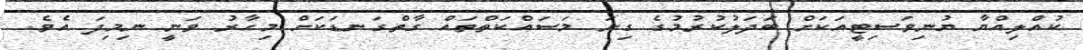
ކުއްލިއްޔާ ޔުނިވަސިޓީއަކަށް ބަދަލުކުރުމުގެ ގިނަ މަސައްކަތްތައް ގާތްގަނޑަކަށް މިހާރު ވަނީ ނިމިފަ އެވެ.